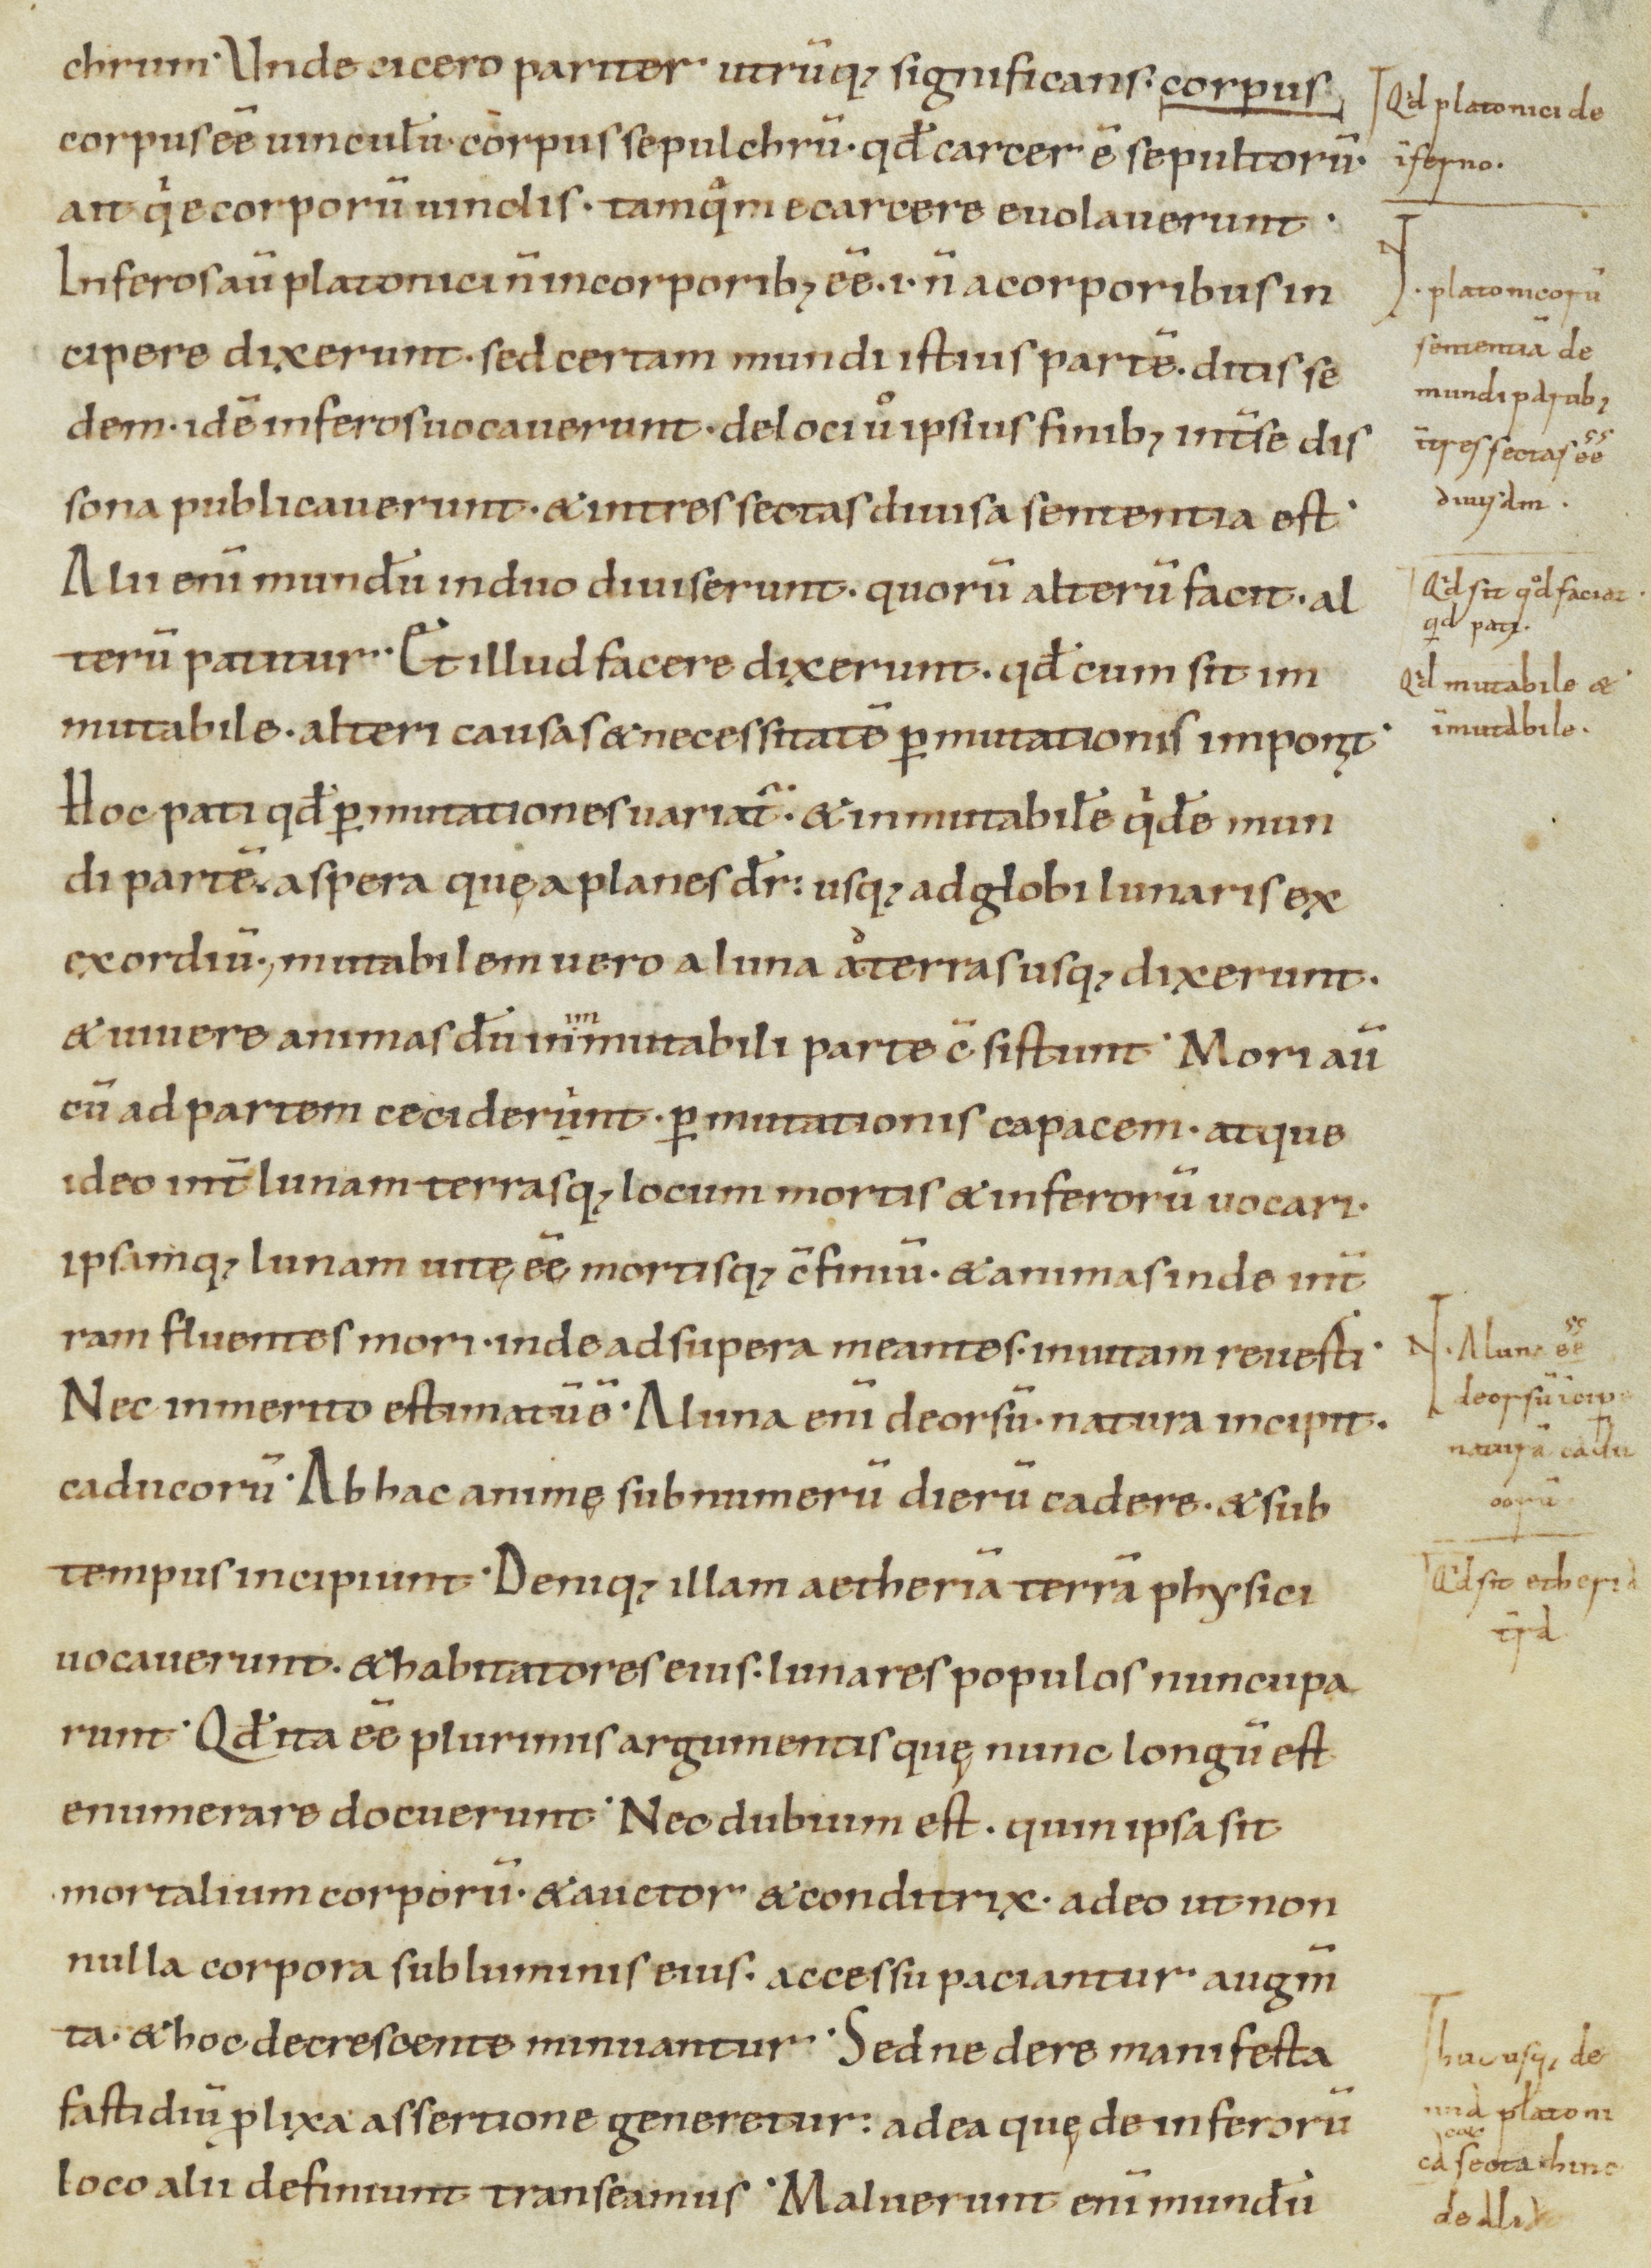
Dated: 900–1199